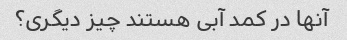
آنها در کمد آبی هستند چیز دیگری؟